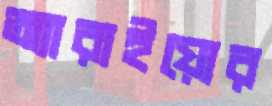
অ্যারাইয়োর